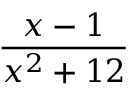
\frac { x - 1 } { { { x } ^ { 2 } } + 1 2 }